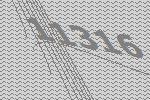
11316